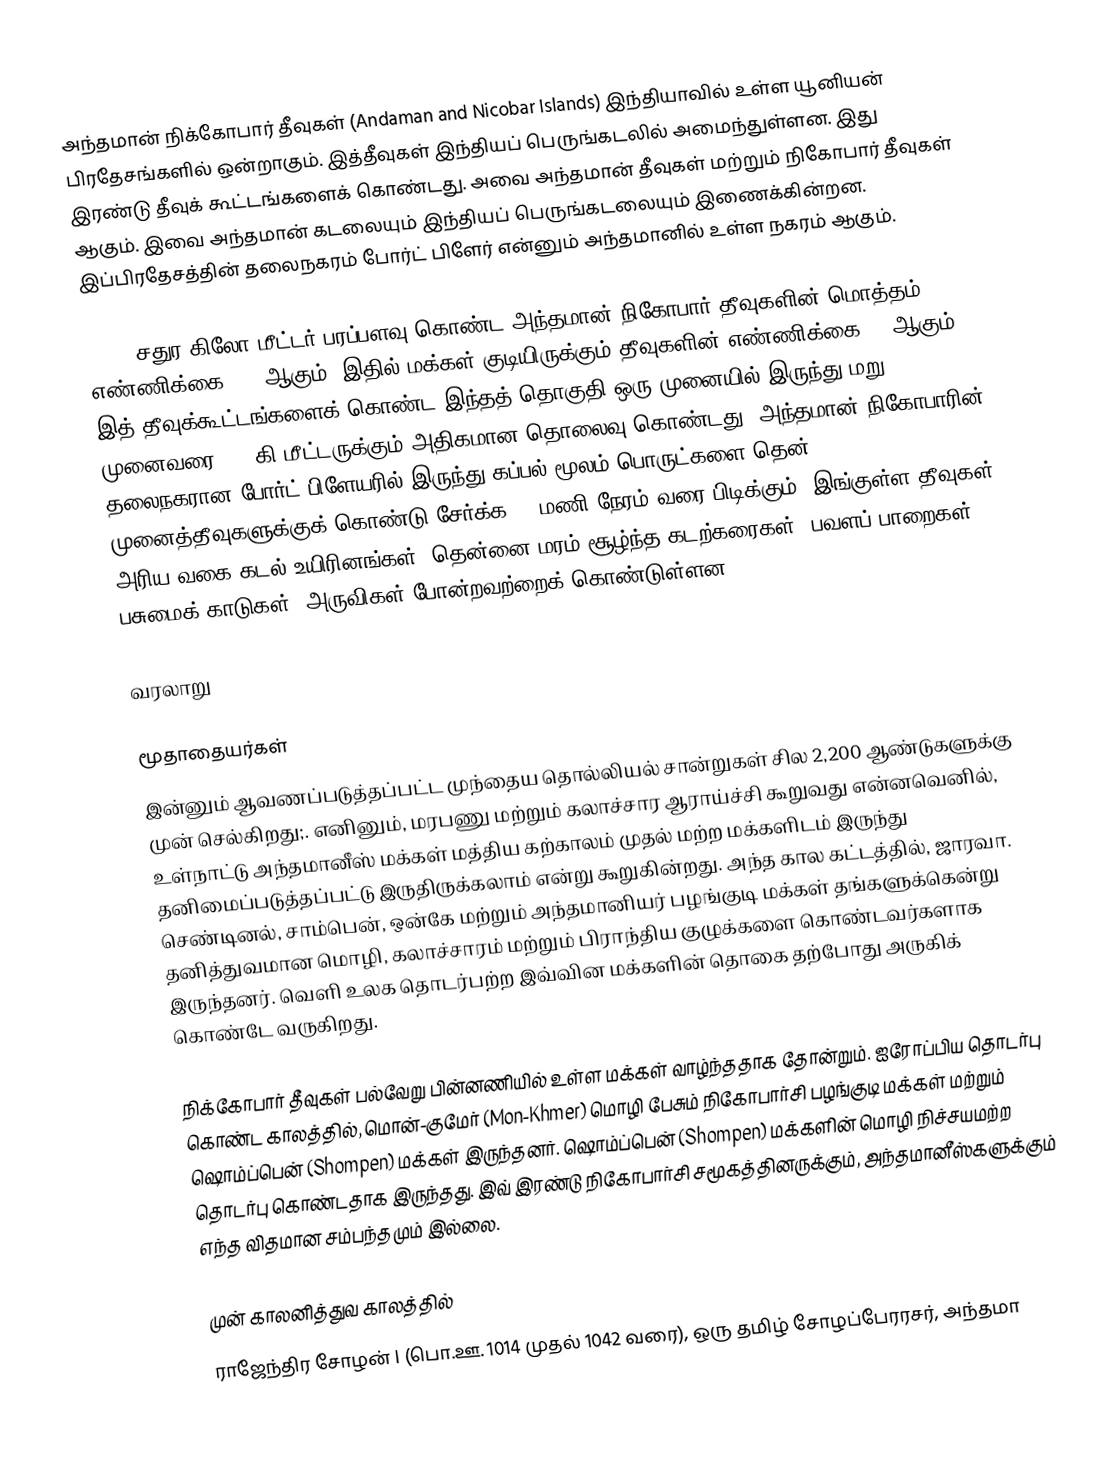
அந்தமான் நிக்கோபார் தீவுகள் (Andaman and Nicobar Islands) இந்தியாவில் உள்ள யூனியன் பிரதேசங்களில் ஒன்றாகும். இத்தீவுகள் இந்தியப் பெருங்கடலில் அமைந்துள்ளன. இது இரண்டு தீவுக் கூட்டங்களைக் கொண்டது. அவை அந்தமான் தீவுகள் மற்றும் நிகோபார் தீவுகள் ஆகும். இவை அந்தமான் கடலையும் இந்தியப் பெருங்கடலையும் இணைக்கின்றன. இப்பிரதேசத்தின் தலைநகரம் போர்ட் பிளேர் என்னும் அந்தமானில் உள்ள நகரம் ஆகும்.

8,249 சதுர கிலோ மீட்டர் பரப்பளவு கொண்ட அந்தமான் நிகோபார் தீவுகளின் மொத்தம் எண்ணிக்கை 572 ஆகும். இதில் மக்கள் குடியிருக்கும் தீவுகளின் எண்ணிக்கை 36 ஆகும். இத் தீவுக்கூட்டங்களைக் கொண்ட இந்தத் தொகுதி ஒரு முனையில் இருந்து மறு முனைவரை 800 கி.மீட்டருக்கும் அதிகமான தொலைவு கொண்டது. அந்தமான் நிகோபாரின் தலைநகரான போர்ட் பிளேயரில் இருந்து கப்பல் மூலம் பொருட்களை தென் முனைத்தீவுகளுக்குக் கொண்டு சேர்க்க 50 மணி நேரம் வரை பிடிக்கும். இங்குள்ள தீவுகள் அரிய வகை கடல் உயிரினங்கள், தென்னை மரம் சூழ்ந்த கடற்கரைகள், பவளப் பாறைகள், பசுமைக் காடுகள், அருவிகள் போன்றவற்றைக் கொண்டுள்ளன.

வரலாறு

மூதாதையர்கள்
இன்னும் ஆவணப்படுத்தப்பட்ட முந்தைய தொல்லியல் சான்றுகள் சில 2,200 ஆண்டுகளுக்கு முன் செல்கிறது;. எனினும், மரபணு மற்றும் கலாச்சார ஆராய்ச்சி கூறுவது என்னவெனில், உள்நாட்டு அந்தமானீஸ் மக்கள் மத்திய கற்காலம் முதல் மற்ற மக்களிடம் இருந்து தனிமைப்படுத்தப்பட்டு இருதிருக்கலாம் என்று கூறுகின்றது. அந்த கால கட்டத்தில், ஜாரவா. செண்டினல், சாம்பென், ஒன்கே மற்றும் அந்தமானியர் பழங்குடி மக்கள் தங்களுக்கென்று தனித்துவமான மொழி, கலாச்சாரம் மற்றும் பிராந்திய குழுக்களை கொண்டவர்களாக இருந்தனர். வெளி உலக தொடர்பற்ற இவ்வின மக்களின் தொகை தற்போது அருகிக் கொண்டே வருகிறது.

நிக்கோபார் தீவுகள் பல்வேறு பின்னணியில் உள்ள மக்கள் வாழ்ந்ததாக தோன்றும். ஐரோப்பிய தொடர்பு கொண்ட காலத்தில், மொன்-குமேர் (Mon-Khmer) மொழி பேசும் நிகோபார்சி பழங்குடி மக்கள் மற்றும் ஷொம்ப்பென் (Shompen) மக்கள் இருந்தனர். ஷொம்ப்பென் (Shompen) மக்களின் மொழி நிச்சயமற்ற தொடர்பு கொண்டதாக இருந்தது. இவ் இரண்டு நிகோபார்சி சமூகத்தினருக்கும், அந்தமானீஸ்களுக்கும் எந்த விதமான சம்பந்தமும் இல்லை.

முன் காலனித்துவ காலத்தில்
ராஜேந்திர சோழன் I (பொ.ஊ. 1014 முதல் 1042 வரை), ஒரு தமிழ் சோழப்பேரரசர், அந்தமா